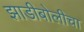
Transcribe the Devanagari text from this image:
झाडीबोलीचा